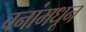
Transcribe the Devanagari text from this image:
वनांमधून